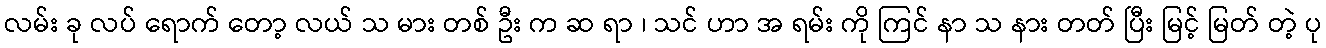
လမ်း ခု လပ် ရောက် တော့ လယ် သ မား တစ် ဦး က ဆ ရာ ၊ သင် ဟာ အ ရမ်း ကို ကြင် နာ သ နား တတ် ပြီး မြင့် မြတ် တဲ့ ပု